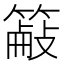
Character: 𫂜